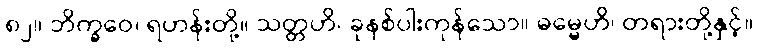
၈၂။ ဘိက္ခဝေ၊ ရဟန်းတို့။ သတ္တဟိ၊ ခုနစ်ပါးကုန်သော။ ဓမ္မေဟိ၊ တရားတို့နှင့်။